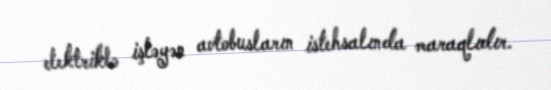
elektriklə işləyən avtobusların istehsalında maraqlıdır.